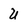
Character: u